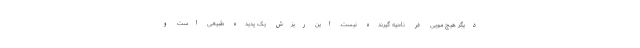
دیگر هیچ مویی در ناحیه گیرنده نیست. این ریزش یک پدیده طبیعی است و